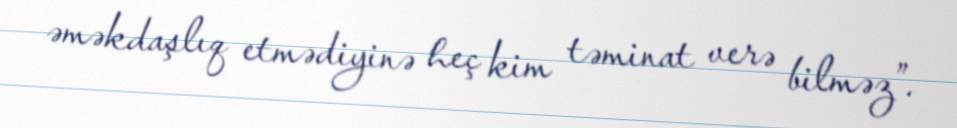
əməkdaşlıq etmədiyinə heç kim təminat verə bilməz”.